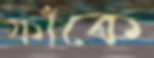
ফাঁকে